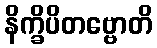
နိက္ခိပိတဗ္ဗောတိ